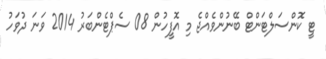
ޓީ ކޮންސަލްޓަންޓް ބޭނުންވެއްޖެ މި އޮފީހުން 08 ސެޕްޓެންބަރު 2014 ވަނަ ދުވަހު